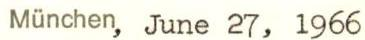
München, June 27, 1966